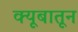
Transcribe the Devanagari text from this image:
क्यूबातून